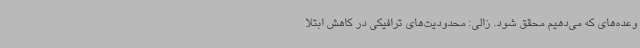
وعده‌های که می‌دهیم محقق شود. زالی: محدودیت‌های ترافیکی در کاهش ابتلا